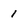
Character: 1